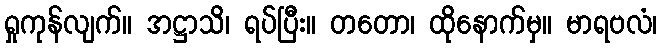
ရှုကုန်လျက်။ အဋ္ဌာသိ၊ ရပ်ပြီး။ တတော၊ ထိုနောက်မှ။ မာရဗလံ၊